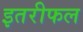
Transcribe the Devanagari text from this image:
इतरीफल